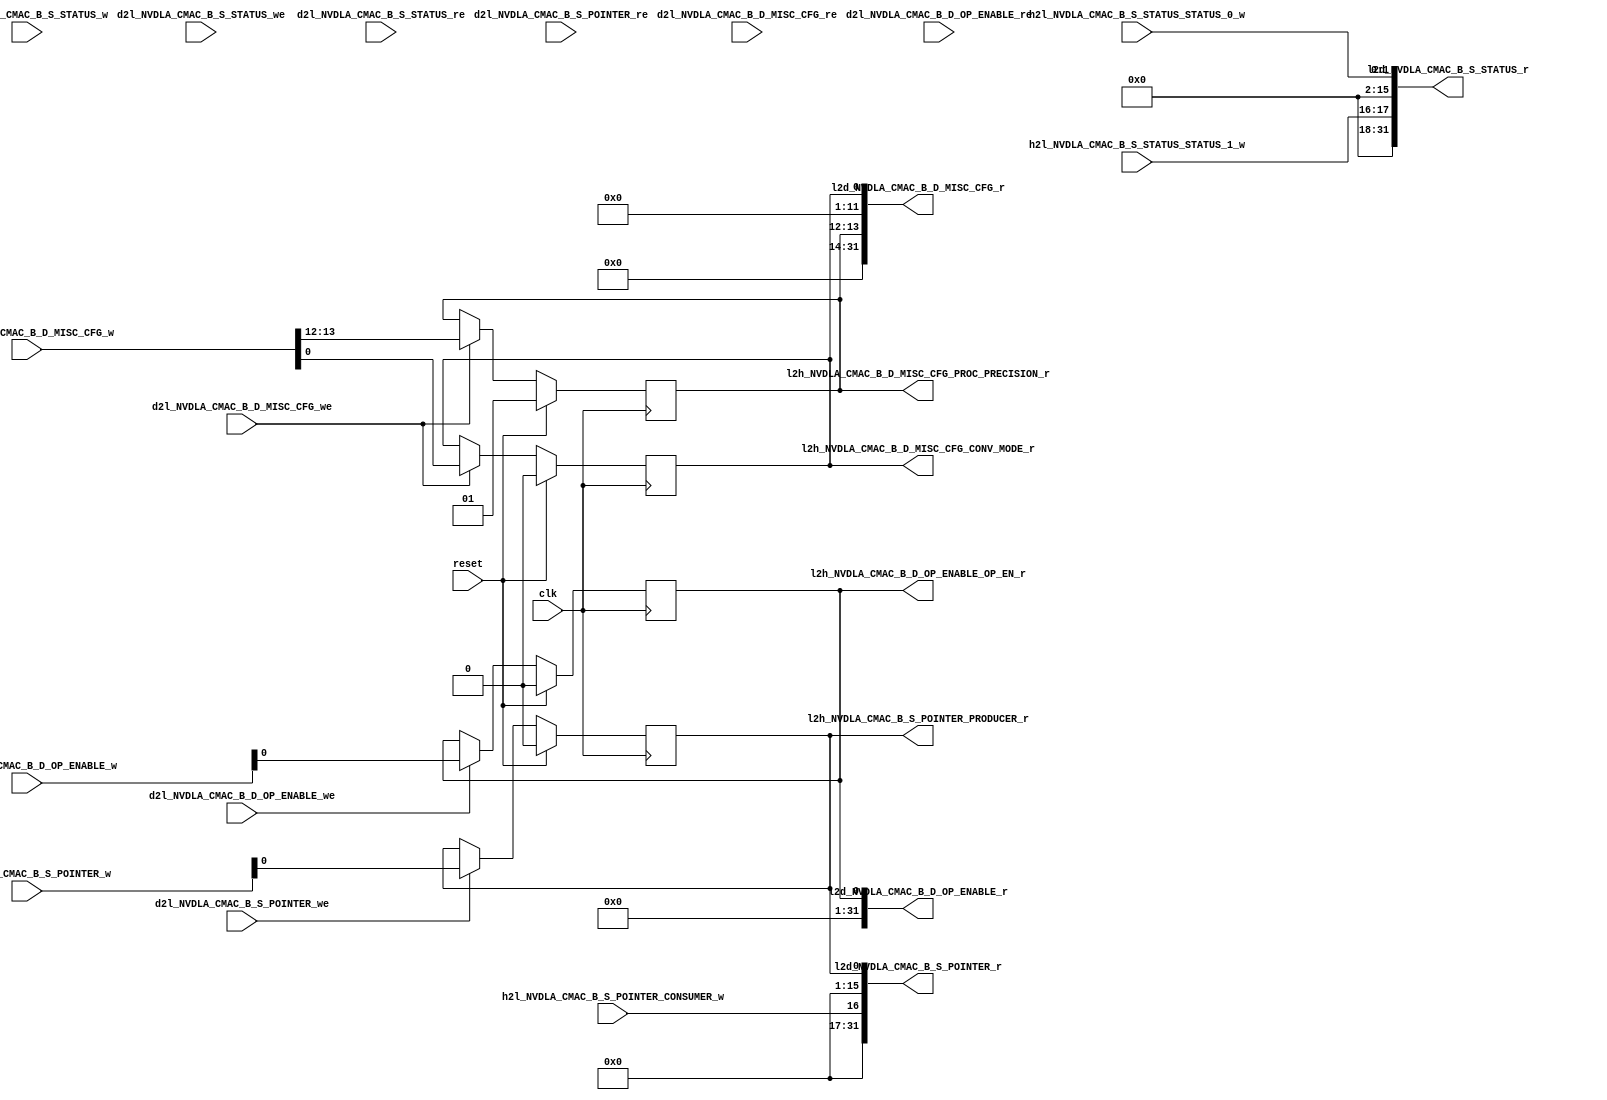
//   Ordt 171103.01 autogenerated file 
//   Input: NVDLA_CMAC_B.rdl
//   Parms: opendla.parms
//

//
//---------- module addrmap_NVDLA_jrdl_logic
//
module addrmap_NVDLA_jrdl_logic
(
  clk,
  reset,
  d2l_NVDLA_CMAC_B_S_STATUS_w,
  d2l_NVDLA_CMAC_B_S_STATUS_we,
  d2l_NVDLA_CMAC_B_S_STATUS_re,
  d2l_NVDLA_CMAC_B_S_POINTER_w,
  d2l_NVDLA_CMAC_B_S_POINTER_we,
  d2l_NVDLA_CMAC_B_S_POINTER_re,
  d2l_NVDLA_CMAC_B_D_OP_ENABLE_w,
  d2l_NVDLA_CMAC_B_D_OP_ENABLE_we,
  d2l_NVDLA_CMAC_B_D_OP_ENABLE_re,
  d2l_NVDLA_CMAC_B_D_MISC_CFG_w,
  d2l_NVDLA_CMAC_B_D_MISC_CFG_we,
  d2l_NVDLA_CMAC_B_D_MISC_CFG_re,
  h2l_NVDLA_CMAC_B_S_STATUS_STATUS_0_w,
  h2l_NVDLA_CMAC_B_S_STATUS_STATUS_1_w,
  h2l_NVDLA_CMAC_B_S_POINTER_CONSUMER_w,

  l2d_NVDLA_CMAC_B_S_STATUS_r,
  l2d_NVDLA_CMAC_B_S_POINTER_r,
  l2d_NVDLA_CMAC_B_D_OP_ENABLE_r,
  l2d_NVDLA_CMAC_B_D_MISC_CFG_r,
  l2h_NVDLA_CMAC_B_S_POINTER_PRODUCER_r,
  l2h_NVDLA_CMAC_B_D_OP_ENABLE_OP_EN_r,
  l2h_NVDLA_CMAC_B_D_MISC_CFG_CONV_MODE_r,
  l2h_NVDLA_CMAC_B_D_MISC_CFG_PROC_PRECISION_r );

  //------- inputs
  input    clk;
  input    reset;
  input     [31:0] d2l_NVDLA_CMAC_B_S_STATUS_w;
  input    d2l_NVDLA_CMAC_B_S_STATUS_we;
  input    d2l_NVDLA_CMAC_B_S_STATUS_re;
  input     [31:0] d2l_NVDLA_CMAC_B_S_POINTER_w;
  input    d2l_NVDLA_CMAC_B_S_POINTER_we;
  input    d2l_NVDLA_CMAC_B_S_POINTER_re;
  input     [31:0] d2l_NVDLA_CMAC_B_D_OP_ENABLE_w;
  input    d2l_NVDLA_CMAC_B_D_OP_ENABLE_we;
  input    d2l_NVDLA_CMAC_B_D_OP_ENABLE_re;
  input     [31:0] d2l_NVDLA_CMAC_B_D_MISC_CFG_w;
  input    d2l_NVDLA_CMAC_B_D_MISC_CFG_we;
  input    d2l_NVDLA_CMAC_B_D_MISC_CFG_re;
  input     [1:0] h2l_NVDLA_CMAC_B_S_STATUS_STATUS_0_w;
  input     [1:0] h2l_NVDLA_CMAC_B_S_STATUS_STATUS_1_w;
  input    h2l_NVDLA_CMAC_B_S_POINTER_CONSUMER_w;

  //------- outputs
  output     [31:0] l2d_NVDLA_CMAC_B_S_STATUS_r;
  output     [31:0] l2d_NVDLA_CMAC_B_S_POINTER_r;
  output     [31:0] l2d_NVDLA_CMAC_B_D_OP_ENABLE_r;
  output     [31:0] l2d_NVDLA_CMAC_B_D_MISC_CFG_r;
  output    l2h_NVDLA_CMAC_B_S_POINTER_PRODUCER_r;
  output    l2h_NVDLA_CMAC_B_D_OP_ENABLE_OP_EN_r;
  output    l2h_NVDLA_CMAC_B_D_MISC_CFG_CONV_MODE_r;
  output     [1:0] l2h_NVDLA_CMAC_B_D_MISC_CFG_PROC_PRECISION_r;


  //------- reg defines
  reg   [1:0] rg_NVDLA_CMAC_B_S_STATUS_STATUS_0;
  reg   [1:0] rg_NVDLA_CMAC_B_S_STATUS_STATUS_1;
  reg   [31:0] l2d_NVDLA_CMAC_B_S_STATUS_r;
  reg  rg_NVDLA_CMAC_B_S_POINTER_PRODUCER;
  reg  reg_NVDLA_CMAC_B_S_POINTER_PRODUCER_next;
  reg  l2h_NVDLA_CMAC_B_S_POINTER_PRODUCER_r;
  reg  rg_NVDLA_CMAC_B_S_POINTER_CONSUMER;
  reg   [31:0] l2d_NVDLA_CMAC_B_S_POINTER_r;
  reg  rg_NVDLA_CMAC_B_D_OP_ENABLE_OP_EN;
  reg  reg_NVDLA_CMAC_B_D_OP_ENABLE_OP_EN_next;
  reg  l2h_NVDLA_CMAC_B_D_OP_ENABLE_OP_EN_r;
  reg   [31:0] l2d_NVDLA_CMAC_B_D_OP_ENABLE_r;
  reg  rg_NVDLA_CMAC_B_D_MISC_CFG_CONV_MODE;
  reg  reg_NVDLA_CMAC_B_D_MISC_CFG_CONV_MODE_next;
  reg  l2h_NVDLA_CMAC_B_D_MISC_CFG_CONV_MODE_r;
  reg   [1:0] rg_NVDLA_CMAC_B_D_MISC_CFG_PROC_PRECISION;
  reg   [1:0] reg_NVDLA_CMAC_B_D_MISC_CFG_PROC_PRECISION_next;
  reg   [1:0] l2h_NVDLA_CMAC_B_D_MISC_CFG_PROC_PRECISION_r;
  reg   [31:0] l2d_NVDLA_CMAC_B_D_MISC_CFG_r;
  
  
  //------- combinatorial assigns for NVDLA_CMAC_B_D_OP_ENABLE
  always @ (*) begin
    reg_NVDLA_CMAC_B_D_OP_ENABLE_OP_EN_next = rg_NVDLA_CMAC_B_D_OP_ENABLE_OP_EN;
    l2h_NVDLA_CMAC_B_D_OP_ENABLE_OP_EN_r = rg_NVDLA_CMAC_B_D_OP_ENABLE_OP_EN;
    if (d2l_NVDLA_CMAC_B_D_OP_ENABLE_we) reg_NVDLA_CMAC_B_D_OP_ENABLE_OP_EN_next = d2l_NVDLA_CMAC_B_D_OP_ENABLE_w [0] ;
  end
  
  //------- reg assigns for NVDLA_CMAC_B_D_OP_ENABLE
  always @ (posedge clk) begin
    if (reset) begin
      rg_NVDLA_CMAC_B_D_OP_ENABLE_OP_EN <= #1 1'h0;
    end
    else begin
      rg_NVDLA_CMAC_B_D_OP_ENABLE_OP_EN <= #1  reg_NVDLA_CMAC_B_D_OP_ENABLE_OP_EN_next;
    end
  end
  
  //------- combinatorial assigns for NVDLA_CMAC_B_S_POINTER
  always @ (*) begin
    reg_NVDLA_CMAC_B_S_POINTER_PRODUCER_next = rg_NVDLA_CMAC_B_S_POINTER_PRODUCER;
    l2h_NVDLA_CMAC_B_S_POINTER_PRODUCER_r = rg_NVDLA_CMAC_B_S_POINTER_PRODUCER;
    rg_NVDLA_CMAC_B_S_POINTER_CONSUMER =  h2l_NVDLA_CMAC_B_S_POINTER_CONSUMER_w;
    if (d2l_NVDLA_CMAC_B_S_POINTER_we) reg_NVDLA_CMAC_B_S_POINTER_PRODUCER_next = d2l_NVDLA_CMAC_B_S_POINTER_w [0] ;
  end
  
  //------- reg assigns for NVDLA_CMAC_B_S_POINTER
  always @ (posedge clk) begin
    if (reset) begin
      rg_NVDLA_CMAC_B_S_POINTER_PRODUCER <= #1 1'h0;
    end
    else begin
      rg_NVDLA_CMAC_B_S_POINTER_PRODUCER <= #1  reg_NVDLA_CMAC_B_S_POINTER_PRODUCER_next;
    end
  end
  
  //------- combinatorial assigns for NVDLA_CMAC_B_S_STATUS
  always @ (*) begin
    rg_NVDLA_CMAC_B_S_STATUS_STATUS_0 =  h2l_NVDLA_CMAC_B_S_STATUS_STATUS_0_w;
    rg_NVDLA_CMAC_B_S_STATUS_STATUS_1 =  h2l_NVDLA_CMAC_B_S_STATUS_STATUS_1_w;
  end
  
  //------- combinatorial assigns for NVDLA_CMAC_B_S_STATUS (pio read data)
  always @ (*) begin
    l2d_NVDLA_CMAC_B_S_STATUS_r = 32'b0;
    l2d_NVDLA_CMAC_B_S_STATUS_r [1:0]  = rg_NVDLA_CMAC_B_S_STATUS_STATUS_0;
    l2d_NVDLA_CMAC_B_S_STATUS_r [17:16]  = rg_NVDLA_CMAC_B_S_STATUS_STATUS_1;
  end
  
  //------- combinatorial assigns for NVDLA_CMAC_B_S_POINTER (pio read data)
  always @ (*) begin
    l2d_NVDLA_CMAC_B_S_POINTER_r = 32'b0;
    l2d_NVDLA_CMAC_B_S_POINTER_r [0]  = rg_NVDLA_CMAC_B_S_POINTER_PRODUCER;
    l2d_NVDLA_CMAC_B_S_POINTER_r [16]  = rg_NVDLA_CMAC_B_S_POINTER_CONSUMER;
  end
  
  //------- combinatorial assigns for NVDLA_CMAC_B_D_MISC_CFG
  always @ (*) begin
    reg_NVDLA_CMAC_B_D_MISC_CFG_CONV_MODE_next = rg_NVDLA_CMAC_B_D_MISC_CFG_CONV_MODE;
    l2h_NVDLA_CMAC_B_D_MISC_CFG_CONV_MODE_r = rg_NVDLA_CMAC_B_D_MISC_CFG_CONV_MODE;
    reg_NVDLA_CMAC_B_D_MISC_CFG_PROC_PRECISION_next = rg_NVDLA_CMAC_B_D_MISC_CFG_PROC_PRECISION;
    l2h_NVDLA_CMAC_B_D_MISC_CFG_PROC_PRECISION_r = rg_NVDLA_CMAC_B_D_MISC_CFG_PROC_PRECISION;
    if (d2l_NVDLA_CMAC_B_D_MISC_CFG_we) reg_NVDLA_CMAC_B_D_MISC_CFG_CONV_MODE_next = d2l_NVDLA_CMAC_B_D_MISC_CFG_w [0] ;
    if (d2l_NVDLA_CMAC_B_D_MISC_CFG_we) reg_NVDLA_CMAC_B_D_MISC_CFG_PROC_PRECISION_next = d2l_NVDLA_CMAC_B_D_MISC_CFG_w [13:12] ;
  end
  
  //------- reg assigns for NVDLA_CMAC_B_D_MISC_CFG
  always @ (posedge clk) begin
    if (reset) begin
      rg_NVDLA_CMAC_B_D_MISC_CFG_CONV_MODE <= #1 1'h0;
      rg_NVDLA_CMAC_B_D_MISC_CFG_PROC_PRECISION <= #1 2'h1;
    end
    else begin
      rg_NVDLA_CMAC_B_D_MISC_CFG_CONV_MODE <= #1  reg_NVDLA_CMAC_B_D_MISC_CFG_CONV_MODE_next;
      rg_NVDLA_CMAC_B_D_MISC_CFG_PROC_PRECISION <= #1  reg_NVDLA_CMAC_B_D_MISC_CFG_PROC_PRECISION_next;
    end
  end
  
  //------- combinatorial assigns for NVDLA_CMAC_B_D_MISC_CFG (pio read data)
  always @ (*) begin
    l2d_NVDLA_CMAC_B_D_MISC_CFG_r = 32'b0;
    l2d_NVDLA_CMAC_B_D_MISC_CFG_r [0]  = rg_NVDLA_CMAC_B_D_MISC_CFG_CONV_MODE;
    l2d_NVDLA_CMAC_B_D_MISC_CFG_r [13:12]  = rg_NVDLA_CMAC_B_D_MISC_CFG_PROC_PRECISION;
  end
  
  //------- combinatorial assigns for NVDLA_CMAC_B_D_OP_ENABLE (pio read data)
  always @ (*) begin
    l2d_NVDLA_CMAC_B_D_OP_ENABLE_r = 32'b0;
    l2d_NVDLA_CMAC_B_D_OP_ENABLE_r [0]  = rg_NVDLA_CMAC_B_D_OP_ENABLE_OP_EN;
  end
  
endmodule

//
//---------- module addrmap_NVDLA_jrdl_decode
//
module addrmap_NVDLA_jrdl_decode
(
  clk,
  reset,
  leaf_dec_wr_data,
  leaf_dec_addr,
  leaf_dec_block_sel,
  leaf_dec_valid,
  leaf_dec_wr_dvld,
  leaf_dec_cycle,
  leaf_dec_wr_width,
  l2d_NVDLA_CMAC_B_S_STATUS_r,
  l2d_NVDLA_CMAC_B_S_POINTER_r,
  l2d_NVDLA_CMAC_B_D_OP_ENABLE_r,
  l2d_NVDLA_CMAC_B_D_MISC_CFG_r,

  dec_leaf_rd_data,
  dec_leaf_ack,
  dec_leaf_nack,
  dec_leaf_accept,
  dec_leaf_reject,
  dec_leaf_retry_atomic,
  dec_leaf_data_width,
  d2l_NVDLA_CMAC_B_S_STATUS_w,
  d2l_NVDLA_CMAC_B_S_STATUS_we,
  d2l_NVDLA_CMAC_B_S_STATUS_re,
  d2l_NVDLA_CMAC_B_S_POINTER_w,
  d2l_NVDLA_CMAC_B_S_POINTER_we,
  d2l_NVDLA_CMAC_B_S_POINTER_re,
  d2l_NVDLA_CMAC_B_D_OP_ENABLE_w,
  d2l_NVDLA_CMAC_B_D_OP_ENABLE_we,
  d2l_NVDLA_CMAC_B_D_OP_ENABLE_re,
  d2l_NVDLA_CMAC_B_D_MISC_CFG_w,
  d2l_NVDLA_CMAC_B_D_MISC_CFG_we,
  d2l_NVDLA_CMAC_B_D_MISC_CFG_re );

  //------- inputs
  input    clk;
  input    reset;
  input     [31:0] leaf_dec_wr_data;
  input     [39:0] leaf_dec_addr;
  input    leaf_dec_block_sel;
  input    leaf_dec_valid;
  input    leaf_dec_wr_dvld;
  input     [1:0] leaf_dec_cycle;
  input     [2:0] leaf_dec_wr_width;
  input     [31:0] l2d_NVDLA_CMAC_B_S_STATUS_r;
  input     [31:0] l2d_NVDLA_CMAC_B_S_POINTER_r;
  input     [31:0] l2d_NVDLA_CMAC_B_D_OP_ENABLE_r;
  input     [31:0] l2d_NVDLA_CMAC_B_D_MISC_CFG_r;

  //------- outputs
  output     [31:0] dec_leaf_rd_data;
  output    dec_leaf_ack;
  output    dec_leaf_nack;
  output    dec_leaf_accept;
  output    dec_leaf_reject;
  output    dec_leaf_retry_atomic;
  output     [2:0] dec_leaf_data_width;
  output     [31:0] d2l_NVDLA_CMAC_B_S_STATUS_w;
  output    d2l_NVDLA_CMAC_B_S_STATUS_we;
  output    d2l_NVDLA_CMAC_B_S_STATUS_re;
  output     [31:0] d2l_NVDLA_CMAC_B_S_POINTER_w;
  output    d2l_NVDLA_CMAC_B_S_POINTER_we;
  output    d2l_NVDLA_CMAC_B_S_POINTER_re;
  output     [31:0] d2l_NVDLA_CMAC_B_D_OP_ENABLE_w;
  output    d2l_NVDLA_CMAC_B_D_OP_ENABLE_we;
  output    d2l_NVDLA_CMAC_B_D_OP_ENABLE_re;
  output     [31:0] d2l_NVDLA_CMAC_B_D_MISC_CFG_w;
  output    d2l_NVDLA_CMAC_B_D_MISC_CFG_we;
  output    d2l_NVDLA_CMAC_B_D_MISC_CFG_re;


  //------- wire defines
  wire   [31:0] pio_dec_write_data;
  wire   [14:2] pio_dec_address;
  wire  pio_dec_read;
  wire  pio_dec_write;
  wire   [39:0] block_sel_addr;
  wire  block_sel;
  wire  leaf_dec_valid_active;
  wire  leaf_dec_wr_dvld_active;
  
  //------- reg defines
  reg   [31:0] d2l_NVDLA_CMAC_B_S_STATUS_w;
  reg  d2l_NVDLA_CMAC_B_S_STATUS_we;
  reg  d2l_NVDLA_CMAC_B_S_STATUS_re;
  reg   [31:0] d2l_NVDLA_CMAC_B_S_POINTER_w;
  reg  d2l_NVDLA_CMAC_B_S_POINTER_we;
  reg  d2l_NVDLA_CMAC_B_S_POINTER_re;
  reg   [31:0] d2l_NVDLA_CMAC_B_D_OP_ENABLE_w;
  reg  d2l_NVDLA_CMAC_B_D_OP_ENABLE_we;
  reg  d2l_NVDLA_CMAC_B_D_OP_ENABLE_re;
  reg   [31:0] d2l_NVDLA_CMAC_B_D_MISC_CFG_w;
  reg  d2l_NVDLA_CMAC_B_D_MISC_CFG_we;
  reg  d2l_NVDLA_CMAC_B_D_MISC_CFG_re;
  reg  leaf_dec_valid_hld1;
  reg  leaf_dec_valid_hld1_next;
  reg  leaf_dec_wr_dvld_hld1;
  reg  leaf_dec_wr_dvld_hld1_next;
  reg  pio_write_active;
  reg  pio_read_active;
  reg   [14:2] pio_dec_address_d1;
  reg   [31:0] pio_dec_write_data_d1;
  reg   [31:0] dec_pio_read_data;
  reg   [31:0] dec_pio_read_data_d1;
  reg  dec_pio_ack;
  reg  dec_pio_nack;
  reg  dec_pio_ack_next;
  reg  dec_pio_nack_next;
  reg  pio_internal_ack;
  reg  pio_internal_nack;
  reg  pio_external_ack;
  reg  pio_external_nack;
  reg  pio_external_ack_next;
  reg  pio_external_nack_next;
  reg  pio_no_acks;
  reg  pio_activate_write;
  reg  pio_activate_read;
  reg   [31:0] dec_pio_read_data_next;
  reg  external_transaction_active;
  
  
  //------- assigns
  assign  pio_dec_write_data = leaf_dec_wr_data;
  assign  dec_leaf_rd_data = dec_pio_read_data;
  assign  dec_leaf_ack = dec_pio_ack;
  assign  dec_leaf_nack = dec_pio_nack;
  assign  pio_dec_address = leaf_dec_addr [14:2] ;
  assign  block_sel_addr = 40'h0;
  assign  block_sel = leaf_dec_block_sel;
  assign  leaf_dec_wr_dvld_active = leaf_dec_wr_dvld | leaf_dec_wr_dvld_hld1;
  assign  leaf_dec_valid_active = leaf_dec_valid | leaf_dec_valid_hld1;
  assign  dec_leaf_accept = leaf_dec_valid & block_sel;
  assign  dec_leaf_reject = leaf_dec_valid & ~block_sel;
  assign  pio_dec_read = block_sel & leaf_dec_valid_active & (leaf_dec_cycle == 2'b10);
  assign  pio_dec_write = block_sel & leaf_dec_wr_dvld_active & (leaf_dec_cycle[1] == 1'b0);
  assign  dec_leaf_retry_atomic = 1'b0;
  assign  dec_leaf_data_width = 3'b0;
  
  //------- combinatorial assigns for pio read data
  always @ (*) begin
    dec_pio_read_data = dec_pio_read_data_d1;
  end
  
  //------- reg assigns for pio read data
  always @ (posedge clk) begin
    if (reset) begin
      dec_pio_read_data_d1 <= #1  32'b0;
    end
    else begin
      dec_pio_read_data_d1 <= #1 dec_pio_read_data_next;
    end
  end
  
  //------- reg assigns for pio i/f
  always @ (posedge clk) begin
    if (reset) begin
      pio_write_active <= #1  1'b0;
      pio_read_active <= #1  1'b0;
    end
    else begin
      pio_write_active <= #1  pio_write_active ? pio_no_acks : pio_activate_write;
      pio_read_active <= #1  pio_read_active ? pio_no_acks : pio_activate_read;
      pio_dec_address_d1 <= #1   pio_dec_address;
      pio_dec_write_data_d1 <= #1  pio_dec_write_data;
    end
  end
  
  //------- combinatorial assigns for leaf i/f
  always @ (*) begin
    leaf_dec_valid_hld1_next = leaf_dec_valid | leaf_dec_valid_hld1;
    if (dec_pio_ack_next | dec_pio_nack_next) leaf_dec_valid_hld1_next = 1'b0;
    leaf_dec_wr_dvld_hld1_next = leaf_dec_wr_dvld | leaf_dec_wr_dvld_hld1;
    if (dec_pio_ack_next | dec_pio_nack_next | leaf_dec_valid) leaf_dec_wr_dvld_hld1_next = 1'b0;
  end
  
  //------- reg assigns for leaf i/f
  always @ (posedge clk) begin
    if (reset) begin
      leaf_dec_valid_hld1 <= #1  1'b0;
      leaf_dec_wr_dvld_hld1 <= #1  1'b0;
    end
    else begin
      leaf_dec_valid_hld1 <= #1 leaf_dec_valid_hld1_next;
      leaf_dec_wr_dvld_hld1 <= #1 leaf_dec_wr_dvld_hld1_next;
    end
  end
  
  //------- combinatorial assigns for pio ack/nack
  always @ (*) begin
    pio_internal_nack = (pio_read_active | pio_write_active) & ~pio_internal_ack & ~external_transaction_active;
    dec_pio_ack_next = (pio_internal_ack | (pio_external_ack_next & external_transaction_active));
    dec_pio_nack_next = (pio_internal_nack | (pio_external_nack_next & external_transaction_active));
    pio_no_acks = ~(dec_pio_ack | dec_pio_nack | pio_external_ack | pio_external_nack);
    pio_activate_write = (pio_dec_write & ~(dec_pio_ack | dec_pio_nack));
    pio_activate_read = (pio_dec_read & ~(dec_pio_ack | dec_pio_nack));
  end
  
  //------- reg assigns for pio ack/nack
  always @ (posedge clk) begin
    if (reset) begin
      dec_pio_ack <= #1 1'b0;
      dec_pio_nack <= #1 1'b0;
      pio_external_ack <= #1  1'b0;
      pio_external_nack <= #1  1'b0;
    end
    else begin
      dec_pio_ack <= #1 dec_pio_ack ? 1'b0 : dec_pio_ack_next;
      dec_pio_nack <= #1 dec_pio_nack ? 1'b0 : dec_pio_nack_next;
      pio_external_ack <= #1 pio_external_ack_next;
      pio_external_nack <= #1 pio_external_nack_next;
    end
  end
  
  
  //------- address decode
  always @ (*) begin
    pio_internal_ack = 1'b0;
    external_transaction_active = 1'b0;
    pio_external_ack_next = 1'b0;
    pio_external_nack_next = 1'b0;
    dec_pio_read_data_next = 32'b0;
    
    d2l_NVDLA_CMAC_B_S_STATUS_w = pio_dec_write_data_d1  [31:0] ;
    d2l_NVDLA_CMAC_B_S_STATUS_we = 1'b0;
    d2l_NVDLA_CMAC_B_S_STATUS_re = 1'b0;
    d2l_NVDLA_CMAC_B_S_POINTER_w = pio_dec_write_data_d1  [31:0] ;
    d2l_NVDLA_CMAC_B_S_POINTER_we = 1'b0;
    d2l_NVDLA_CMAC_B_S_POINTER_re = 1'b0;
    d2l_NVDLA_CMAC_B_D_OP_ENABLE_w = pio_dec_write_data_d1  [31:0] ;
    d2l_NVDLA_CMAC_B_D_OP_ENABLE_we = 1'b0;
    d2l_NVDLA_CMAC_B_D_OP_ENABLE_re = 1'b0;
    d2l_NVDLA_CMAC_B_D_MISC_CFG_w = pio_dec_write_data_d1  [31:0] ;
    d2l_NVDLA_CMAC_B_D_MISC_CFG_we = 1'b0;
    d2l_NVDLA_CMAC_B_D_MISC_CFG_re = 1'b0;
    
    casez(pio_dec_address_d1)
    //  Register: NVDLA_CMAC_B.S_STATUS     Address: 0x6000     External: false
    13'b1100000000000:
      begin
        d2l_NVDLA_CMAC_B_S_STATUS_we = pio_write_active & ~dec_pio_ack;
        d2l_NVDLA_CMAC_B_S_STATUS_re = pio_read_active & ~dec_pio_ack;
        pio_internal_ack =  pio_read_active;
        dec_pio_read_data_next  [31:0]  = l2d_NVDLA_CMAC_B_S_STATUS_r;
      end
    //  Register: NVDLA_CMAC_B.S_POINTER     Address: 0x6004     External: false
    13'b1100000000001:
      begin
        d2l_NVDLA_CMAC_B_S_POINTER_we = pio_write_active & ~dec_pio_ack;
        d2l_NVDLA_CMAC_B_S_POINTER_re = pio_read_active & ~dec_pio_ack;
        pio_internal_ack =  pio_read_active | pio_write_active;
        dec_pio_read_data_next  [31:0]  = l2d_NVDLA_CMAC_B_S_POINTER_r;
      end
    //  Register: NVDLA_CMAC_B.D_OP_ENABLE     Address: 0x6008     External: false
    13'b1100000000010:
      begin
        d2l_NVDLA_CMAC_B_D_OP_ENABLE_we = pio_write_active & ~dec_pio_ack;
        d2l_NVDLA_CMAC_B_D_OP_ENABLE_re = pio_read_active & ~dec_pio_ack;
        pio_internal_ack =  pio_read_active | pio_write_active;
        dec_pio_read_data_next  [31:0]  = l2d_NVDLA_CMAC_B_D_OP_ENABLE_r;
      end
    //  Register: NVDLA_CMAC_B.D_MISC_CFG     Address: 0x600c     External: false
    13'b1100000000011:
      begin
        d2l_NVDLA_CMAC_B_D_MISC_CFG_we = pio_write_active & ~dec_pio_ack;
        d2l_NVDLA_CMAC_B_D_MISC_CFG_re = pio_read_active & ~dec_pio_ack;
        pio_internal_ack =  pio_read_active | pio_write_active;
        dec_pio_read_data_next  [31:0]  = l2d_NVDLA_CMAC_B_D_MISC_CFG_r;
      end
    endcase
  end
  
endmodule

//
//---------- module addrmap_NVDLA_pio
//
module addrmap_NVDLA_pio
(
  clk,
  reset,
  h2l_NVDLA_CMAC_B_S_STATUS_STATUS_0_w,
  h2l_NVDLA_CMAC_B_S_STATUS_STATUS_1_w,
  h2l_NVDLA_CMAC_B_S_POINTER_CONSUMER_w,
  leaf_dec_wr_data,
  leaf_dec_addr,
  leaf_dec_block_sel,
  leaf_dec_valid,
  leaf_dec_wr_dvld,
  leaf_dec_cycle,
  leaf_dec_wr_width,

  l2h_NVDLA_CMAC_B_S_POINTER_PRODUCER_r,
  l2h_NVDLA_CMAC_B_D_OP_ENABLE_OP_EN_r,
  l2h_NVDLA_CMAC_B_D_MISC_CFG_CONV_MODE_r,
  l2h_NVDLA_CMAC_B_D_MISC_CFG_PROC_PRECISION_r,
  dec_leaf_rd_data,
  dec_leaf_ack,
  dec_leaf_nack,
  dec_leaf_accept,
  dec_leaf_reject,
  dec_leaf_retry_atomic,
  dec_leaf_data_width );

  //------- inputs
  input    clk;
  input    reset;
  input     [1:0] h2l_NVDLA_CMAC_B_S_STATUS_STATUS_0_w;
  input     [1:0] h2l_NVDLA_CMAC_B_S_STATUS_STATUS_1_w;
  input    h2l_NVDLA_CMAC_B_S_POINTER_CONSUMER_w;
  input     [31:0] leaf_dec_wr_data;
  input     [39:0] leaf_dec_addr;
  input    leaf_dec_block_sel;
  input    leaf_dec_valid;
  input    leaf_dec_wr_dvld;
  input     [1:0] leaf_dec_cycle;
  input     [2:0] leaf_dec_wr_width;

  //------- outputs
  output    l2h_NVDLA_CMAC_B_S_POINTER_PRODUCER_r;
  output    l2h_NVDLA_CMAC_B_D_OP_ENABLE_OP_EN_r;
  output    l2h_NVDLA_CMAC_B_D_MISC_CFG_CONV_MODE_r;
  output     [1:0] l2h_NVDLA_CMAC_B_D_MISC_CFG_PROC_PRECISION_r;
  output     [31:0] dec_leaf_rd_data;
  output    dec_leaf_ack;
  output    dec_leaf_nack;
  output    dec_leaf_accept;
  output    dec_leaf_reject;
  output    dec_leaf_retry_atomic;
  output     [2:0] dec_leaf_data_width;


  //------- wire defines
  wire   [31:0] d2l_NVDLA_CMAC_B_S_STATUS_w;
  wire  d2l_NVDLA_CMAC_B_S_STATUS_we;
  wire  d2l_NVDLA_CMAC_B_S_STATUS_re;
  wire   [31:0] d2l_NVDLA_CMAC_B_S_POINTER_w;
  wire  d2l_NVDLA_CMAC_B_S_POINTER_we;
  wire  d2l_NVDLA_CMAC_B_S_POINTER_re;
  wire   [31:0] d2l_NVDLA_CMAC_B_D_OP_ENABLE_w;
  wire  d2l_NVDLA_CMAC_B_D_OP_ENABLE_we;
  wire  d2l_NVDLA_CMAC_B_D_OP_ENABLE_re;
  wire   [31:0] d2l_NVDLA_CMAC_B_D_MISC_CFG_w;
  wire  d2l_NVDLA_CMAC_B_D_MISC_CFG_we;
  wire  d2l_NVDLA_CMAC_B_D_MISC_CFG_re;
  wire   [31:0] l2d_NVDLA_CMAC_B_S_STATUS_r;
  wire   [31:0] l2d_NVDLA_CMAC_B_S_POINTER_r;
  wire   [31:0] l2d_NVDLA_CMAC_B_D_OP_ENABLE_r;
  wire   [31:0] l2d_NVDLA_CMAC_B_D_MISC_CFG_r;
  
  
  addrmap_NVDLA_jrdl_decode pio_decode (
    .clk(clk),
    .reset(reset),
    .leaf_dec_wr_data(leaf_dec_wr_data),
    .leaf_dec_addr(leaf_dec_addr),
    .leaf_dec_block_sel(leaf_dec_block_sel),
    .leaf_dec_valid(leaf_dec_valid),
    .leaf_dec_wr_dvld(leaf_dec_wr_dvld),
    .leaf_dec_cycle(leaf_dec_cycle),
    .leaf_dec_wr_width(leaf_dec_wr_width),
    .l2d_NVDLA_CMAC_B_S_STATUS_r(l2d_NVDLA_CMAC_B_S_STATUS_r),
    .l2d_NVDLA_CMAC_B_S_POINTER_r(l2d_NVDLA_CMAC_B_S_POINTER_r),
    .l2d_NVDLA_CMAC_B_D_OP_ENABLE_r(l2d_NVDLA_CMAC_B_D_OP_ENABLE_r),
    .l2d_NVDLA_CMAC_B_D_MISC_CFG_r(l2d_NVDLA_CMAC_B_D_MISC_CFG_r),
    .dec_leaf_rd_data(dec_leaf_rd_data),
    .dec_leaf_ack(dec_leaf_ack),
    .dec_leaf_nack(dec_leaf_nack),
    .dec_leaf_accept(dec_leaf_accept),
    .dec_leaf_reject(dec_leaf_reject),
    .dec_leaf_retry_atomic(dec_leaf_retry_atomic),
    .dec_leaf_data_width(dec_leaf_data_width),
    .d2l_NVDLA_CMAC_B_S_STATUS_w(d2l_NVDLA_CMAC_B_S_STATUS_w),
    .d2l_NVDLA_CMAC_B_S_STATUS_we(d2l_NVDLA_CMAC_B_S_STATUS_we),
    .d2l_NVDLA_CMAC_B_S_STATUS_re(d2l_NVDLA_CMAC_B_S_STATUS_re),
    .d2l_NVDLA_CMAC_B_S_POINTER_w(d2l_NVDLA_CMAC_B_S_POINTER_w),
    .d2l_NVDLA_CMAC_B_S_POINTER_we(d2l_NVDLA_CMAC_B_S_POINTER_we),
    .d2l_NVDLA_CMAC_B_S_POINTER_re(d2l_NVDLA_CMAC_B_S_POINTER_re),
    .d2l_NVDLA_CMAC_B_D_OP_ENABLE_w(d2l_NVDLA_CMAC_B_D_OP_ENABLE_w),
    .d2l_NVDLA_CMAC_B_D_OP_ENABLE_we(d2l_NVDLA_CMAC_B_D_OP_ENABLE_we),
    .d2l_NVDLA_CMAC_B_D_OP_ENABLE_re(d2l_NVDLA_CMAC_B_D_OP_ENABLE_re),
    .d2l_NVDLA_CMAC_B_D_MISC_CFG_w(d2l_NVDLA_CMAC_B_D_MISC_CFG_w),
    .d2l_NVDLA_CMAC_B_D_MISC_CFG_we(d2l_NVDLA_CMAC_B_D_MISC_CFG_we),
    .d2l_NVDLA_CMAC_B_D_MISC_CFG_re(d2l_NVDLA_CMAC_B_D_MISC_CFG_re) );
    
  addrmap_NVDLA_jrdl_logic pio_logic (
    .clk(clk),
    .reset(reset),
    .d2l_NVDLA_CMAC_B_S_STATUS_w(d2l_NVDLA_CMAC_B_S_STATUS_w),
    .d2l_NVDLA_CMAC_B_S_STATUS_we(d2l_NVDLA_CMAC_B_S_STATUS_we),
    .d2l_NVDLA_CMAC_B_S_STATUS_re(d2l_NVDLA_CMAC_B_S_STATUS_re),
    .d2l_NVDLA_CMAC_B_S_POINTER_w(d2l_NVDLA_CMAC_B_S_POINTER_w),
    .d2l_NVDLA_CMAC_B_S_POINTER_we(d2l_NVDLA_CMAC_B_S_POINTER_we),
    .d2l_NVDLA_CMAC_B_S_POINTER_re(d2l_NVDLA_CMAC_B_S_POINTER_re),
    .d2l_NVDLA_CMAC_B_D_OP_ENABLE_w(d2l_NVDLA_CMAC_B_D_OP_ENABLE_w),
    .d2l_NVDLA_CMAC_B_D_OP_ENABLE_we(d2l_NVDLA_CMAC_B_D_OP_ENABLE_we),
    .d2l_NVDLA_CMAC_B_D_OP_ENABLE_re(d2l_NVDLA_CMAC_B_D_OP_ENABLE_re),
    .d2l_NVDLA_CMAC_B_D_MISC_CFG_w(d2l_NVDLA_CMAC_B_D_MISC_CFG_w),
    .d2l_NVDLA_CMAC_B_D_MISC_CFG_we(d2l_NVDLA_CMAC_B_D_MISC_CFG_we),
    .d2l_NVDLA_CMAC_B_D_MISC_CFG_re(d2l_NVDLA_CMAC_B_D_MISC_CFG_re),
    .h2l_NVDLA_CMAC_B_S_STATUS_STATUS_0_w(h2l_NVDLA_CMAC_B_S_STATUS_STATUS_0_w),
    .h2l_NVDLA_CMAC_B_S_STATUS_STATUS_1_w(h2l_NVDLA_CMAC_B_S_STATUS_STATUS_1_w),
    .h2l_NVDLA_CMAC_B_S_POINTER_CONSUMER_w(h2l_NVDLA_CMAC_B_S_POINTER_CONSUMER_w),
    .l2d_NVDLA_CMAC_B_S_STATUS_r(l2d_NVDLA_CMAC_B_S_STATUS_r),
    .l2d_NVDLA_CMAC_B_S_POINTER_r(l2d_NVDLA_CMAC_B_S_POINTER_r),
    .l2d_NVDLA_CMAC_B_D_OP_ENABLE_r(l2d_NVDLA_CMAC_B_D_OP_ENABLE_r),
    .l2d_NVDLA_CMAC_B_D_MISC_CFG_r(l2d_NVDLA_CMAC_B_D_MISC_CFG_r),
    .l2h_NVDLA_CMAC_B_S_POINTER_PRODUCER_r(l2h_NVDLA_CMAC_B_S_POINTER_PRODUCER_r),
    .l2h_NVDLA_CMAC_B_D_OP_ENABLE_OP_EN_r(l2h_NVDLA_CMAC_B_D_OP_ENABLE_OP_EN_r),
    .l2h_NVDLA_CMAC_B_D_MISC_CFG_CONV_MODE_r(l2h_NVDLA_CMAC_B_D_MISC_CFG_CONV_MODE_r),
    .l2h_NVDLA_CMAC_B_D_MISC_CFG_PROC_PRECISION_r(l2h_NVDLA_CMAC_B_D_MISC_CFG_PROC_PRECISION_r) );
    
endmodule